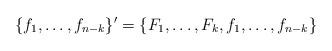
LaTeX: \begin{align*} \{f_1, \ldots, f_{n-k}\}' = \{F_1, \ldots, F_k, f_1, \ldots, f_{n-k}\}\end{align*}